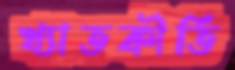
খ্যাতকীর্তি